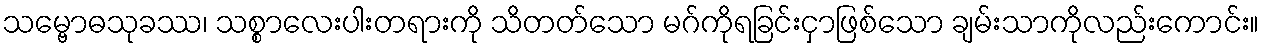
သမ္ဗောဓသုခဿ၊ သစ္စာလေးပါးတရားကို သိတတ်သော မဂ်ကိုရခြင်းငှာဖြစ်သော ချမ်းသာကိုလည်းကောင်း။